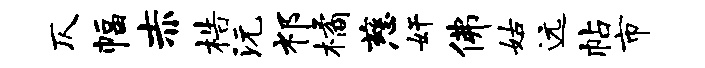
仄幅赤梏沅祁橘慈奸佛姑远帖市